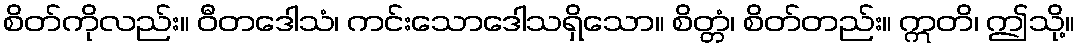
စိတ်ကိုလည်း။ ဝီတဒေါသံ၊ ကင်းသောဒေါသရှိသော။ စိတ္တံ၊ စိတ်တည်း။ ဣတိ၊ ဤသို့။